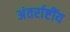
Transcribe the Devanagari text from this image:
अंतर्राष्टींय